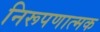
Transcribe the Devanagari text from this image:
निरूपणात्मक